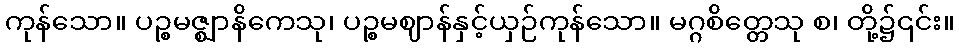
ကုန်သော။ ပဉ္စမဇ္ဈာနိကေသု၊ ပဉ္စမဈာန်နှင့်ယှဉ်ကုန်သော။ မဂ္ဂစိတ္တေသု စ၊ တို့၌၎င်း။